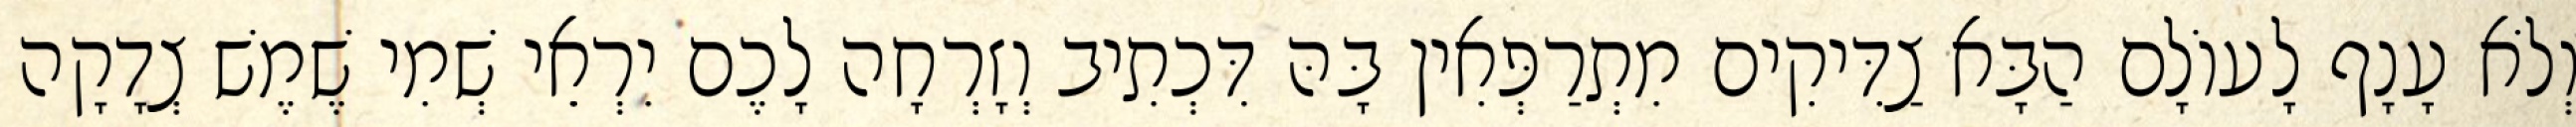
וְלֹא עָנָף לָעוֹלָם הַבָּא צַדִּיקִים מִתְרַפְּאִין בָּהּ דִּכְתִיב וְזָרְחָה לָכֶם יִרְאֵי שְׁמִי שֶׁמֶשׁ צְדָקָה